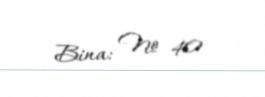
Bina: № 40